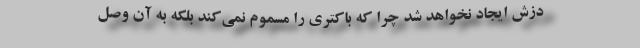
دزش ایجاد نخواهد شد چرا که باکتری را مسموم نمی‌کند بلکه به آن وصل